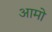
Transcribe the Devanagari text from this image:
आमो